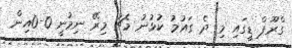
ގްރޫޕް ޑީގައި މި ދެ ގައުމު ކުޅުނު މެޗު މިރޭ ނިމުނީ 0-0އިން